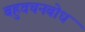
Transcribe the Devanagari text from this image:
बहुवचनबोध